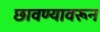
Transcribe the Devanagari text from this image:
छावण्यावरून